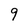
Character: 9